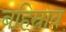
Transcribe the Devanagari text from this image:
बहिस्राव